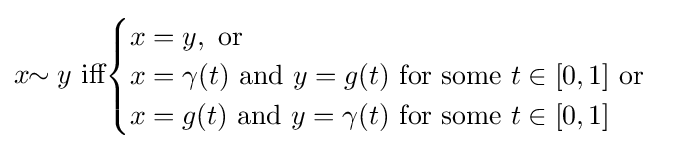
x\!\!\sim y{\text{ iff}}{\begin{cases}x=y,{\mbox{ or }}\\x=\gamma (t){\text{ and }}y=g(t){\text{ for some }}t\in [0,1]{\mbox{ or }}\\x=g(t){\text{ and }}y=\gamma (t){\text{ for some }}t\in [0,1]\end{cases}}